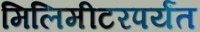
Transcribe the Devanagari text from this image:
मिलिमीटरपर्यंत